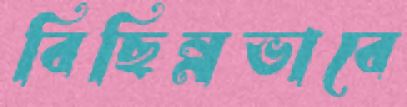
বিছিন্নভাবে